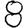
Digit: 8